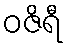
ဝဇိရီ